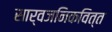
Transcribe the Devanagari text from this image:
सार्वजनिकवित्त